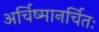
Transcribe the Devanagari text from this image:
अर्चिष्मानर्चितः